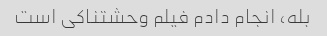
بله، انجام دادم فیلم وحشتناکی است